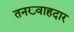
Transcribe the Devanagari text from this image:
तनख़्वाहदार